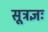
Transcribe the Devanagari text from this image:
सूत्रज्ञः